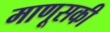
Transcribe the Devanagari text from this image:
माणूसकी